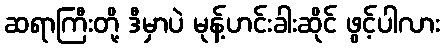
ဆရာကြီးတို့ ဒီမှာပဲ မုန့်ဟင်းခါးဆိုင် ဖွင့်ပါလား